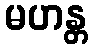
မဟန္တ